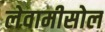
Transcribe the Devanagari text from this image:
लेवामीसोल